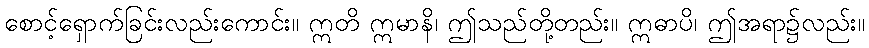
စောင့်ရှောက်ခြင်းလည်းကောင်း။ ဣတိ ဣမာနိ၊ ဤသည်တို့တည်း။ ဣဓာပိ၊ ဤအရာ၌လည်း။